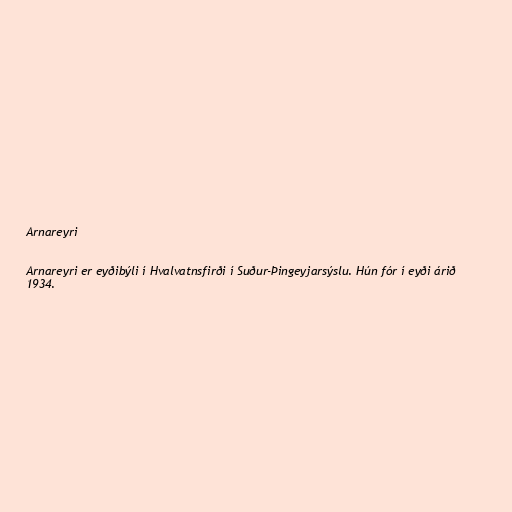
Arnareyri

Arnareyri er eyðibýli í Hvalvatnsfirði í Suður-Þingeyjarsýslu. Hún fór í eyði árið
1934.